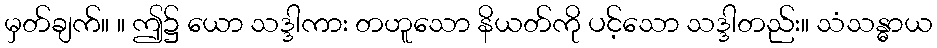
မှတ်ချက်။ ။ ဤ၌ ယော သဒ္ဒါကား တဟူသော နိယတ်ကို ပင့်သော သဒ္ဒါတည်း။ သံသန္ဓာယ